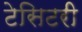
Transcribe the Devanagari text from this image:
टेसिटरी